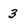
Character: 3